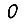
Digit: 0